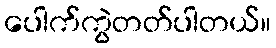
ပေါက်ကွဲတတ်ပါတယ်။